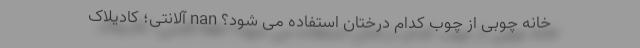
خانه چوبی از چوب کدام درختان استفاده می شود؟ nan آلانتِی؛ کادیلاک